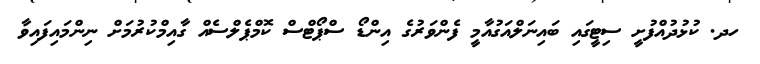
ހދ. ކުޅުދުއްފުށީ ސިޓީގައި ބައިނަލްއަގުއާމީ ފެންވަރުގެ އިންޑޯ ސްޕޯޓްސް ކޮމްޕެލްސެއް ގާއިމްކުރުމަށް ނިންމައިފައިވާ